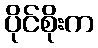
ပိုင်စိုးက